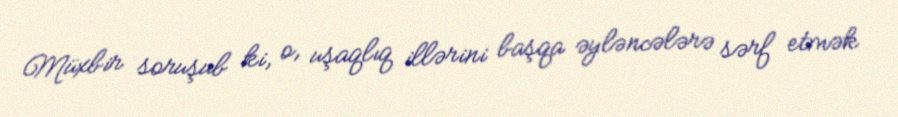
Müxbir soruşub ki, o, uşaqlıq illərini başqa əyləncələrə sərf etmək